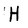
Character: H